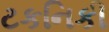
ટકનિકી